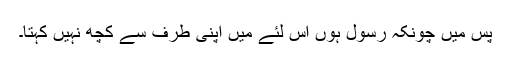
پس میں چونکہ رسول ہوں اس لئے میں اپنی طرف سے کچھ نہیں کہتا۔